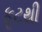
ફૂટથી